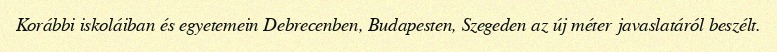
Korábbi iskoláiban és egyetemein Debrecenben, Budapesten, Szegeden az új méter javaslatáról beszélt.